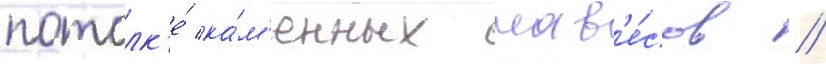
потолк'е́ ка́м'енных нав'е́сов /